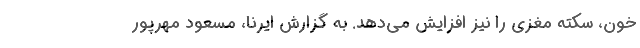
خون، سکته مغزی را نیز افزایش می‌دهد. به گزارش ایرنا، مسعود مهرپور